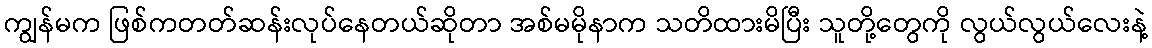
ကျွန်မက ဖြစ်ကတတ်ဆန်းလုပ်နေတယ်ဆိုတာ အစ်မမိုနာက သတိထားမိပြီး သူတို့တွေကို လွယ်လွယ်လေးနဲ့